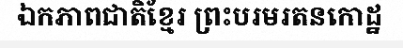
ឯកភាពជាតិខ្មែរ ព្រះបរមរតនកោដ្ឋ